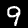
Digit: 9